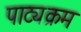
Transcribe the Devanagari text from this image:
पाट्यक्रम